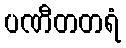
ပဏီတတရံ